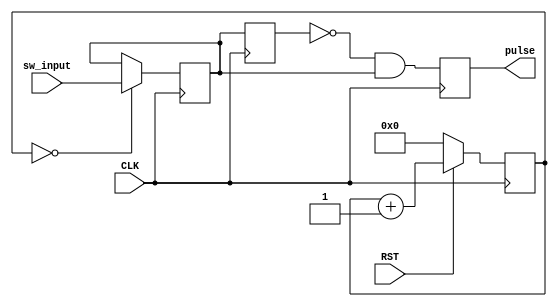
`timescale 1ns / 1ps

module sw_clock(
    input CLK,
	 input RST,
	 input sw_input,
    output reg pulse
    );
	 
	 reg [15:0] count;
	 
	//-----------------------------------------------------
	// 
	//-----------------------------------------------------
	reg sw;
	always @(posedge CLK) begin
    if(~RST) count <= 0;
    else count <= count + 1;
	end
	
	always @(posedge CLK) begin
    if(count==0)
      begin
        sw <= sw_input;
      end
	end

	//-------------------------------
	// 1CLK
	//-------------------------------
	reg pulse_tmp;
	always @(posedge CLK) begin
		pulse_tmp <= sw;
		pulse <= (~pulse_tmp & sw);
	end
	
endmodule